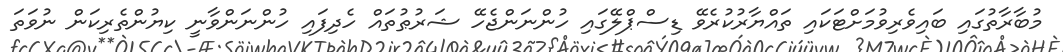
މުބާރާތުގައި ބައިވެރިވުމަށްޓަކައި ތައްޔާރުކުރެވޭ ޑިސްޕްލޭގައި ހުންނަންޖެހޭ ޝަރުޠުތައް ހެދިފައި ހުންނަންވާނީ ކިޔުންތެރިކަން ނުވަތަ